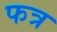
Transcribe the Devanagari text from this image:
फत्र